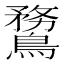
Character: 䳱